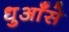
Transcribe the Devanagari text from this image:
धुआँसे